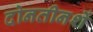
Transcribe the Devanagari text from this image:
दोनतीनशें